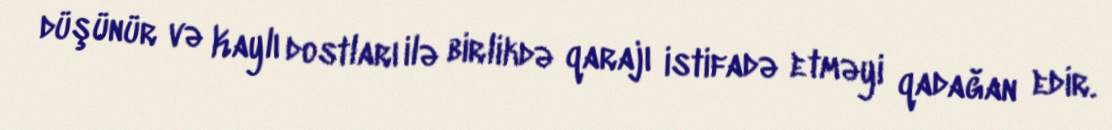
düşünür və Kaylı dostları ilə birlikdə qarajı istifadə etməyi qadağan edir.